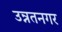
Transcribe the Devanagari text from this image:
उन्नतनगर